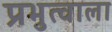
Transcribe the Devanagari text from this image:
प्रभुत्वाला